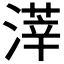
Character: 𣻿